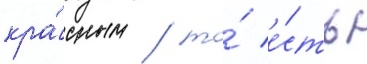
кра́сным / то́ е́сть